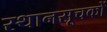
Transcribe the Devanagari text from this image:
स्थानसूचकों